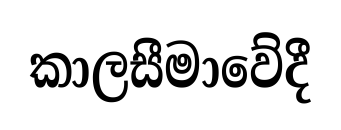
කාලසීමාවේදී